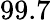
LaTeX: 99.7